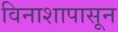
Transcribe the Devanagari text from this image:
विनाशापासून